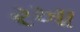
રખા